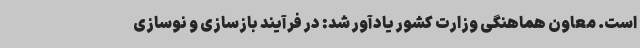
است. معاون هماهنگی وزارت کشور یادآور شد: در فرآیند بازسازی و نوسازی